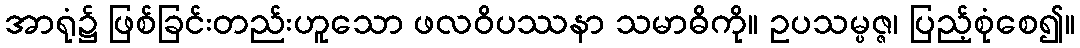
အာရုံ၌ ဖြစ်ခြင်းတည်းဟူသော ဖလဝိပဿနာ သမာဓိကို။ ဥပသမ္ပဇ္ဇ၊ ပြည့်စုံစေ၍။